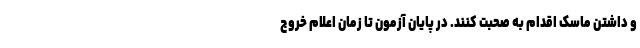
و داشتن ماسک اقدام به صحبت کنند. در پایان آزمون تا زمان اعلام خروج